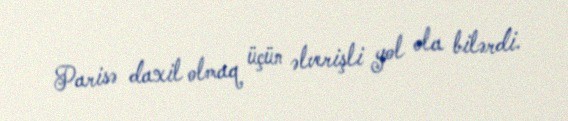
Parisə daxil olmaq üçün əlverişli yol ola bilərdi.